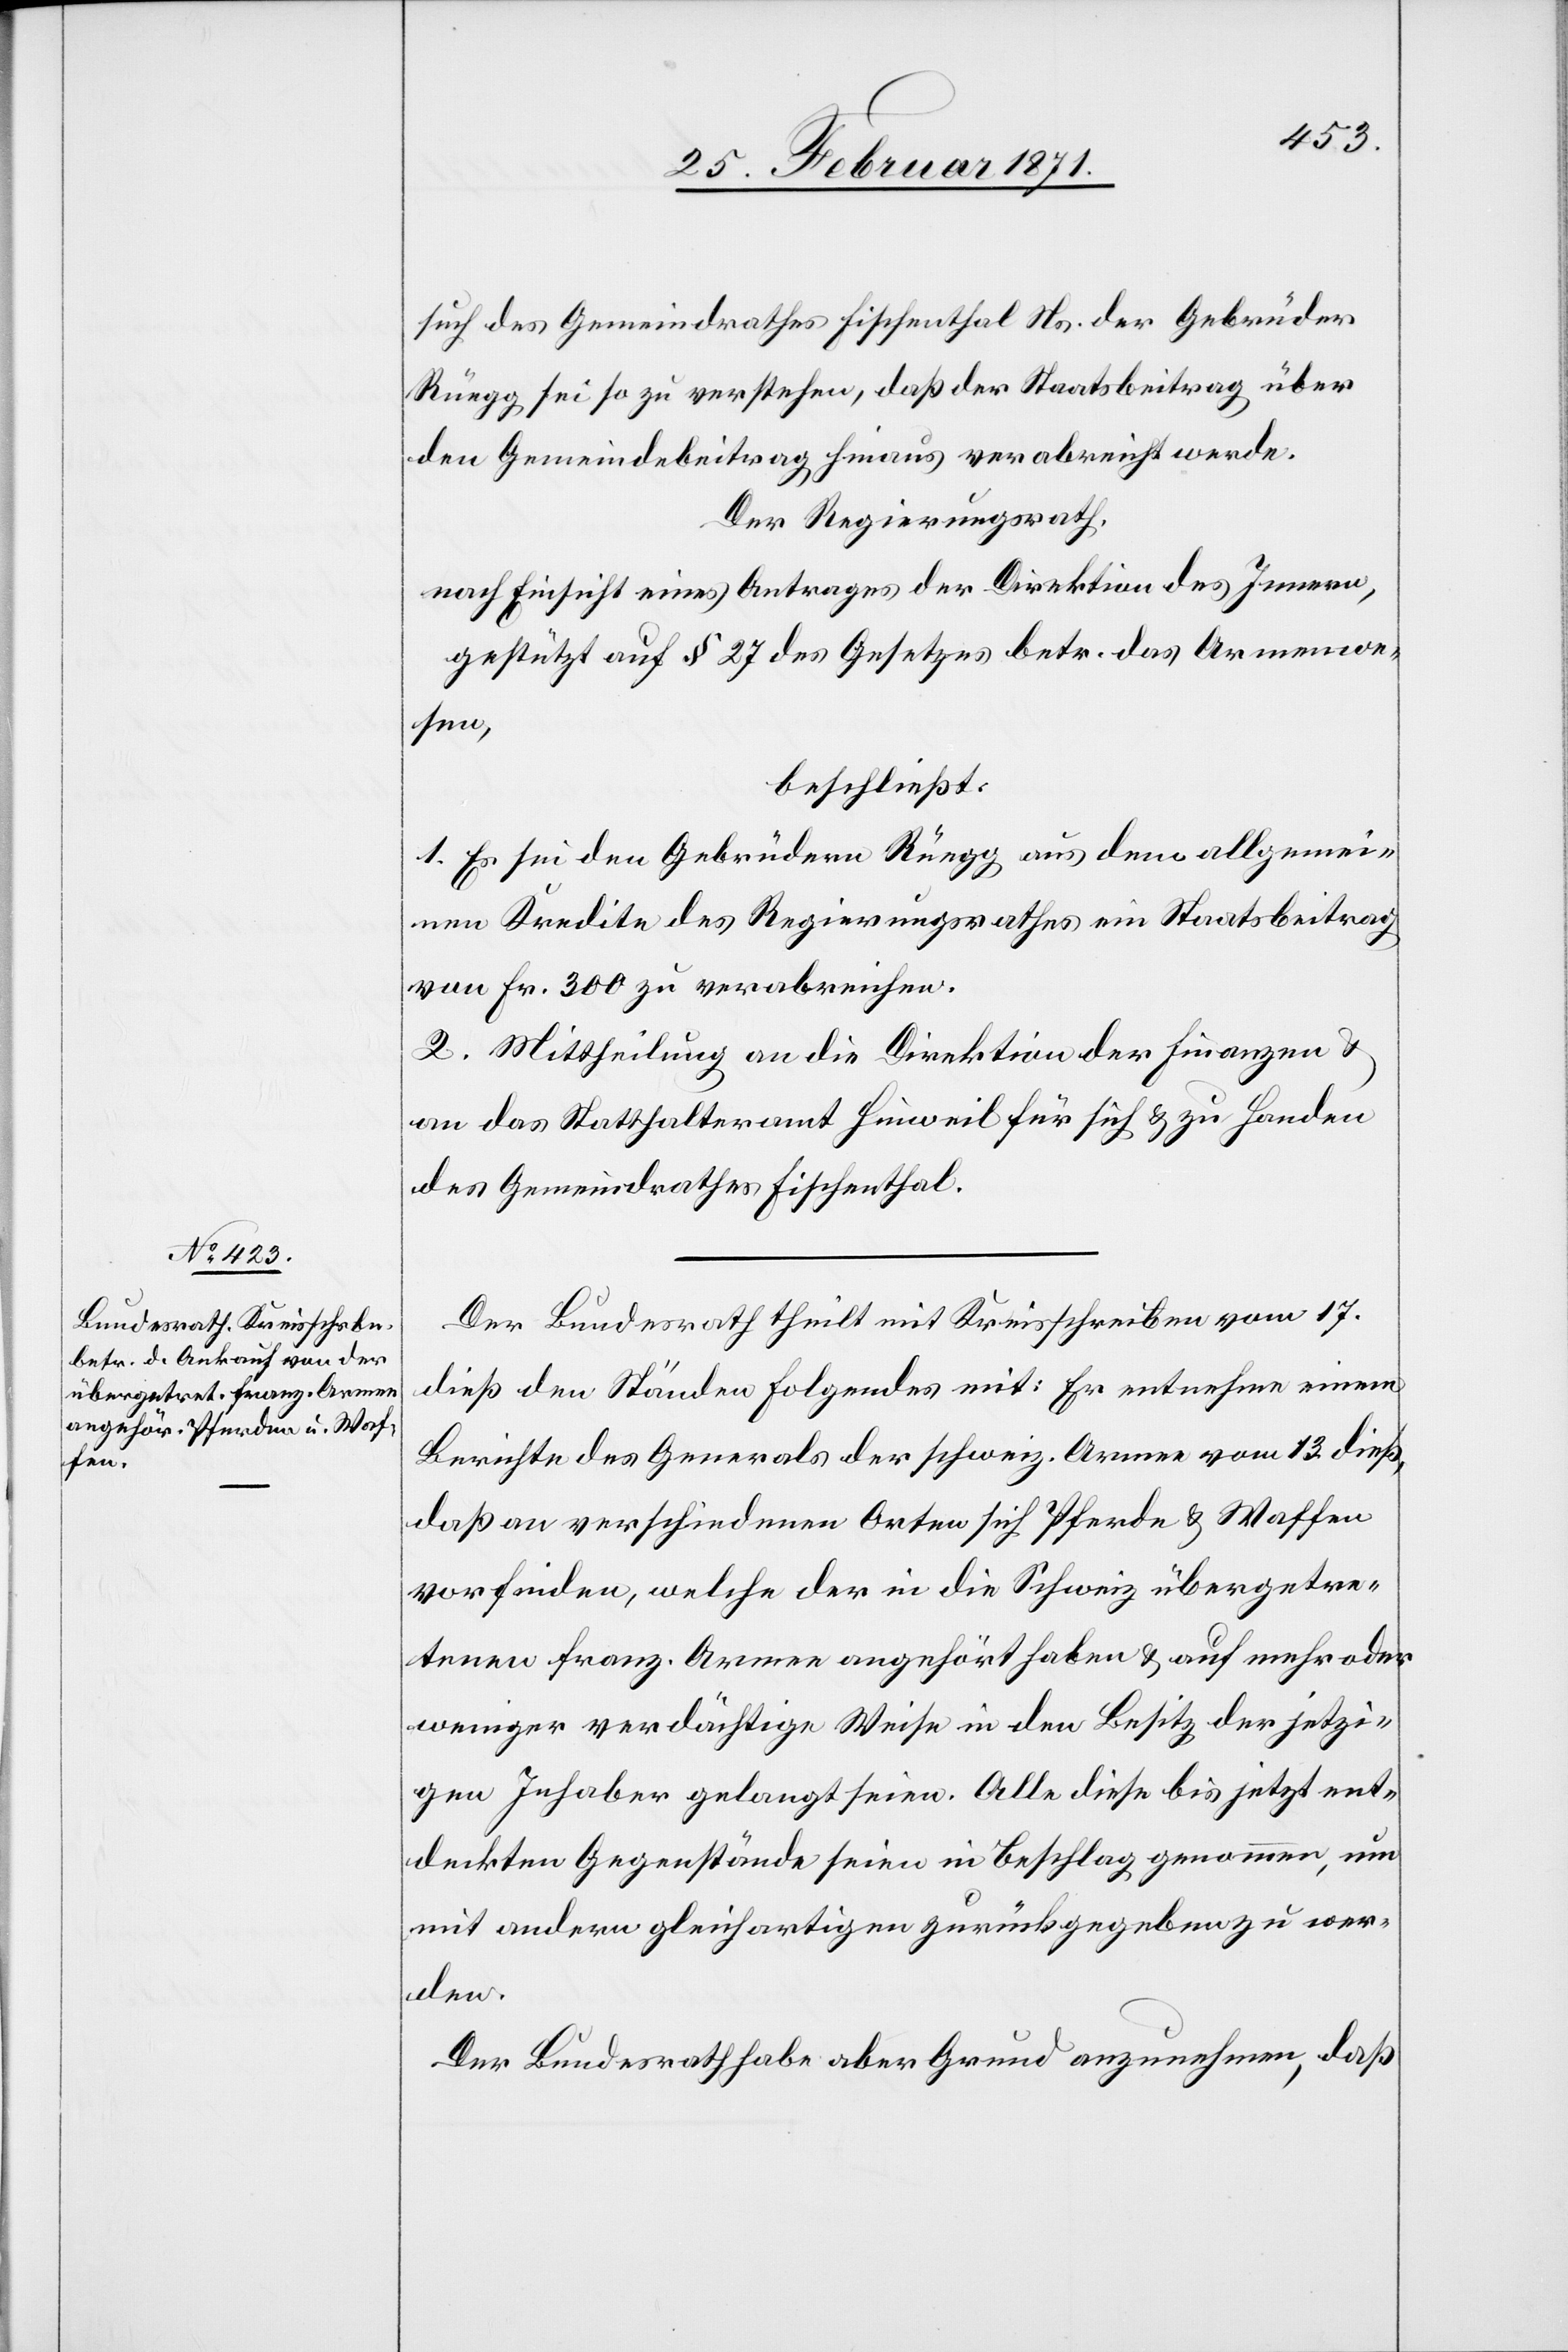
such des Gemeindrathes Fischenthal Ns. der Gebrüder
Rüegg, sei so zu verstehen, daß der Staatsbeitrag über
den Gemeindebeitrag hinaus verabreicht werde.
Der Regierungsrath,
nach Einsicht eines Antrages der Direktion des Innern,
gestützt auf § 27 des Gesetzes betr. das Armenwe¬
sen,
beschließt:
1. Es sei den Gebrüdern Rüegg aus dem allgemei¬
nen Kredite des Regierungsrathes ein Staatsbeitrag
von Fr. 300 zu verabreichen.
2. Mittheilung an die Direktion der Finanzen u.
an das Statthalteramt Hinweil für sich u. zu Handen
des Gemeindrathes Fischenthal.
Der Bundesrath theilt mit Kreisschreiben vom 17.
dieß den Ständen Folgendes mit: Er entnehme einem
Berichte des Generals der schweiz. Armee vom 13. dieß,
daß an verschiedenen Orten sich Pferde u. Waffen
vorfinden, welche der in die Schweiz übergetre¬
tenen franz. Armee angehört haben u. auf mehr oder
weniger verdächtige Weise in den Besitz der jetzi¬
gen Inhaber gelangt seien. Alle diese bis jetzt ent¬
deckten Gegenstände seien in Beschlag genommen, um
mit andern gleichartigen zurückgegeben zu wer¬
den.
Der Bundesrath habe aber Grund anzunehmen, daß